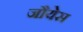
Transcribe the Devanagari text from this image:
जौयेस